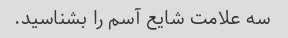
سه علامت شایع آسم را بشناسید.